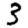
Digit: 3